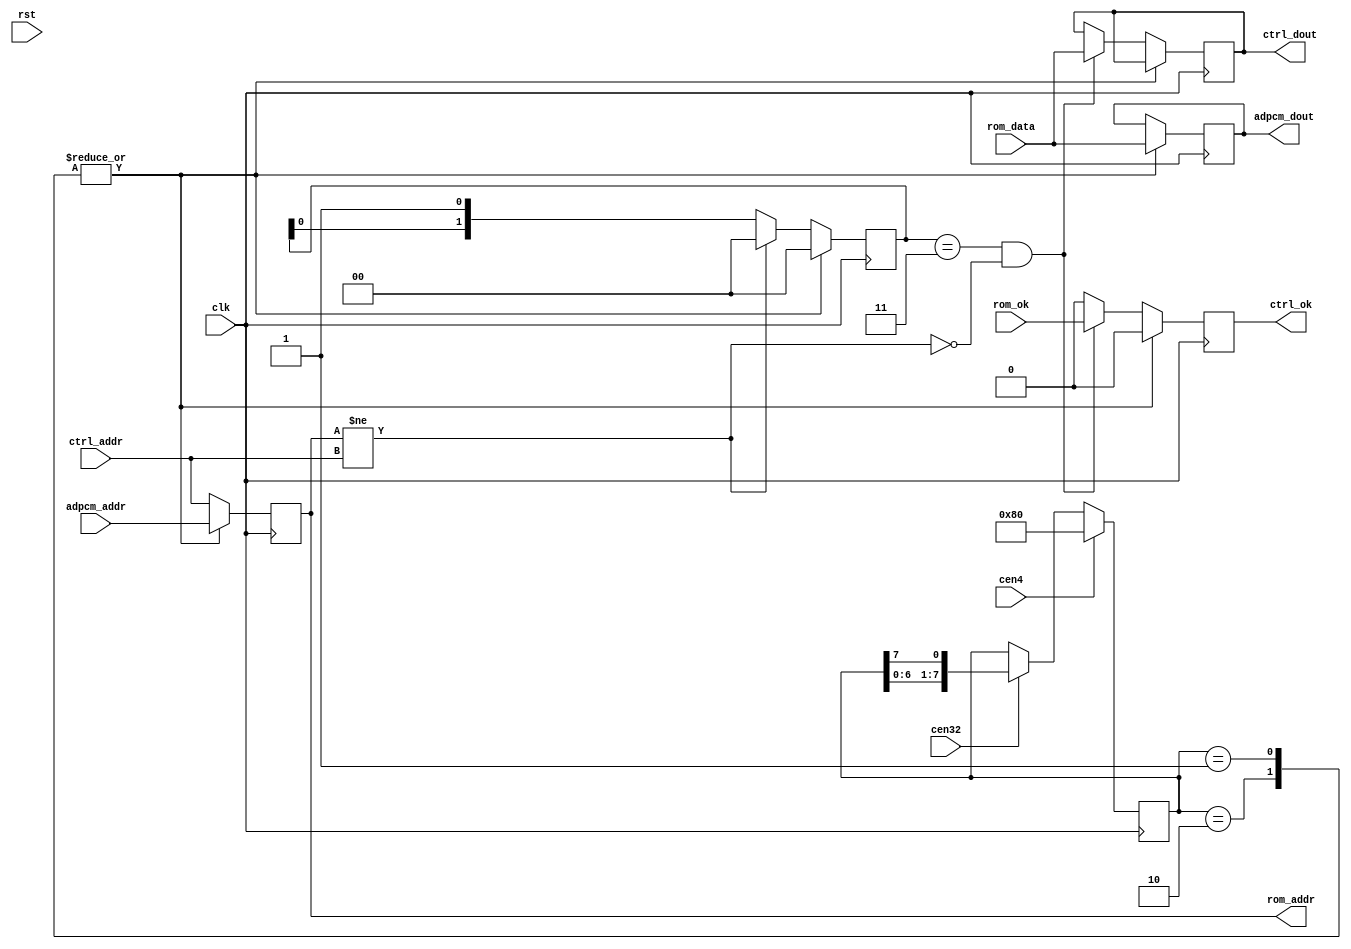
/*  This file is part of JT6295.
    JT6295 program is free software: you can redistribute it and/or modify
    it under the terms of the GNU General Public License as published by
    the Free Software Foundation, either version 3 of the License, or
    (at your option) any later version.

    JT6295 program is distributed in the hope that it will be useful,
    but WITHOUT ANY WARRANTY; without even the implied warranty of
    MERCHANTABILITY or FITNESS FOR A PARTICULAR PURPOSE.  See the
    GNU General Public License for more details.

    You should have received a copy of the GNU General Public License
    along with JT6295.  If not, see <http://www.gnu.org/licenses/>.

    Author: Jose Tejada Gomez. Twitter: @topapate
    Version: 1.0
    Date: 6-1-2020 */

// Each sampling period is divided into 4 regions, one per channel
// each region is further divided into 8 time slots for memory access
// of those, 2 are used for ADPCM data. Those 2 are in the middle of
// the region, so data will be ready for next cen4 pulse. No adpcm_ok
// signal is generated. Data is assumed to be right after two cen32 pulses
// 
// The other 6 regions are used for control data. Ok signals are generated
// and use to gate the progress of the control state machine

module jt6295_rom(
    input             rst,
    input             clk,
    input             cen4,
    input             cen32,

    input      [17:0] adpcm_addr,
    input      [17:0] ctrl_addr,

    output reg [ 7:0] adpcm_dout,
    output reg [ 7:0] ctrl_dout,

    output reg        ctrl_ok,
    // ROM interface
    output reg [17:0] rom_addr,
    input      [ 7:0] rom_data,
    input             rom_ok
);

reg [7:0] st;
reg [1:0] wait2;

always @(posedge clk) begin
    if(cen4 ) st <= 8'h80;
    else if(cen32) st <= { st[6:0], st[7] };
end

wire new_addr = rom_addr != ctrl_addr;

always @(posedge clk) begin
    case(st)
        8'b1,8'b10: begin
            rom_addr   <= adpcm_addr;
            adpcm_dout <= rom_data;
            ctrl_ok    <= 1'b0;
            wait2      <= 2'b0;
        end
        default: begin
            rom_addr   <= ctrl_addr;
            // right after coming in rom_ok will still
            // represent the status for adpcm data
            if(wait2==2'b11 && !new_addr) begin
                ctrl_ok   <= rom_ok;
                ctrl_dout <= rom_data;
            end else ctrl_ok <= 1'b0;
            if( new_addr )
                wait2 <= 2'b0;
            else
                wait2 <= {wait2[0],1'b1};
        end
    endcase
end

endmodule